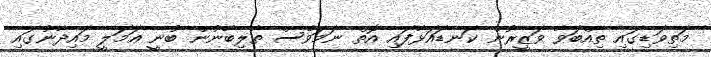
މަތިވަޑިގައި ތިއްބަވާ ވަޒީރުން ކަނޑައަޅާފައި އޮތް ނަމަވެސް ތާލިބާނުން ބުނީ އަމަލީ މައިދާނުގައި